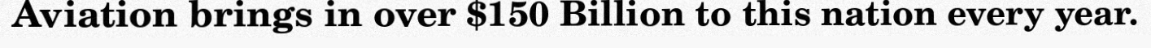
Aviation brings in over $150 Billion to this nation every year.